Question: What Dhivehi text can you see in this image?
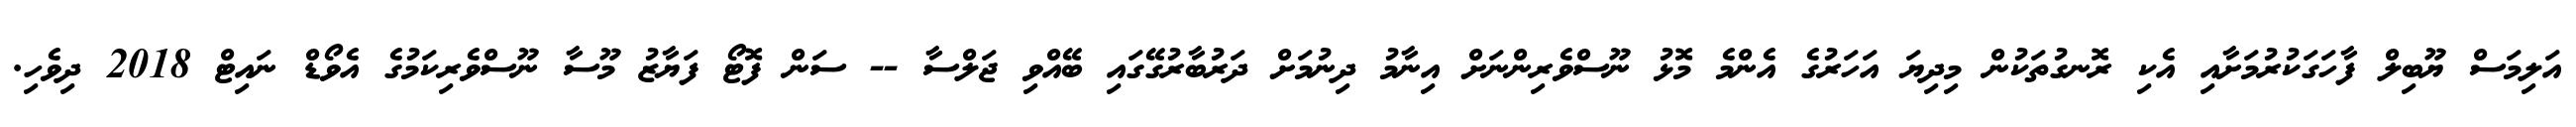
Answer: އަލިމަސް ޔޫބިލް ފާހަގަކުރުމަށާއި އެކި ރޮނގުތަކުން މިދިޔަ އަހަރުގެ އެންމެ މޮޅު ނޫސްވެރިންނަށް އިނާމު ދިނުމަށް ދަރުބާރުގޭގައި ބޭއްވި ޖަލްސާ -- ސަން ފޮޓޯ ފަޔާޒު މޫސާ ނޫސްވެރިކަމުގެ އެވޯޑް ނައިޓް 2018 ދިވެހި.